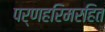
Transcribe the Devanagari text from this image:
पर्णहरिमरहित